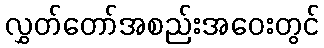
လွှတ်တော်အစည်းအဝေးတွင်